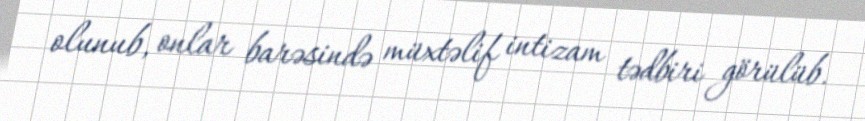
olunub, onlar barəsində müxtəlif intizam tədbiri görülüb.